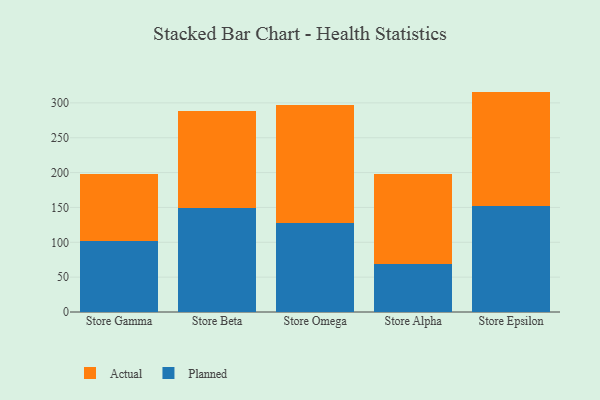
{"axis": {"x": "Store", "y": "Net Income (USD K)"}, "legend": ["Actual", "Planned"], "data": [{"x": "Store Gamma", "y": 102.1, "type": "Planned"}, {"x": "Store Gamma", "y": 96.2, "type": "Actual"}, {"x": "Store Beta", "y": 148.9, "type": "Planned"}, {"x": "Store Beta", "y": 140.0, "type": "Actual"}, {"x": "Store Omega", "y": 127.9, "type": "Planned"}, {"x": "Store Omega", "y": 169.2, "type": "Actual"}, {"x": "Store Alpha", "y": 69.4, "type": "Planned"}, {"x": "Store Alpha", "y": 128.0, "type": "Actual"}, {"x": "Store Epsilon", "y": 152.4, "type": "Planned"}, {"x": "Store Epsilon", "y": 163.8, "type": "Actual"}]}